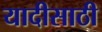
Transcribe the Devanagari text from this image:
यादीसाठी